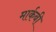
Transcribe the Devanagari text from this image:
मार्कबी